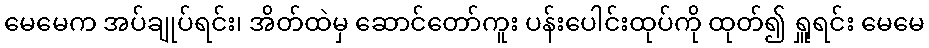
မေမေက အပ်ချုပ်ရင်း၊ အိတ်ထဲမှ ဆောင်တော်ကူး ပန်းပေါင်းထုပ်ကို ထုတ်၍ ရှူရင်း မေမေ